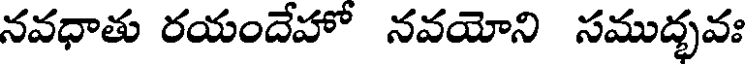
నవధాతు రయందేహో నవయోని సముద్భవః